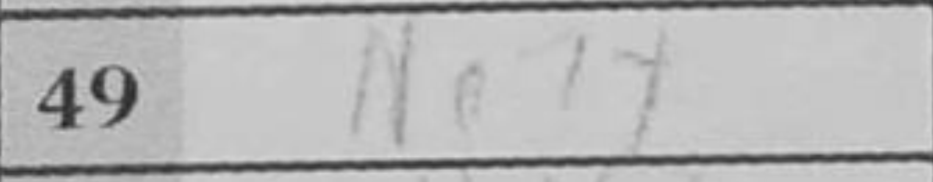
Transcription: Ne7+